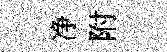
净附